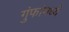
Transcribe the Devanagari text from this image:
गुंफांमध्ये